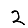
Digit: 2